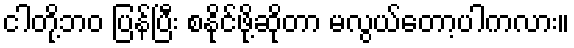
ငါတို့ဘဝ ပြန်ပြီး စနိုင်ဖို့ဆိုတာ မလွယ်တော့ပါကလား။